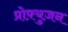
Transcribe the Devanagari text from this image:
प्रोफ़्युज़न